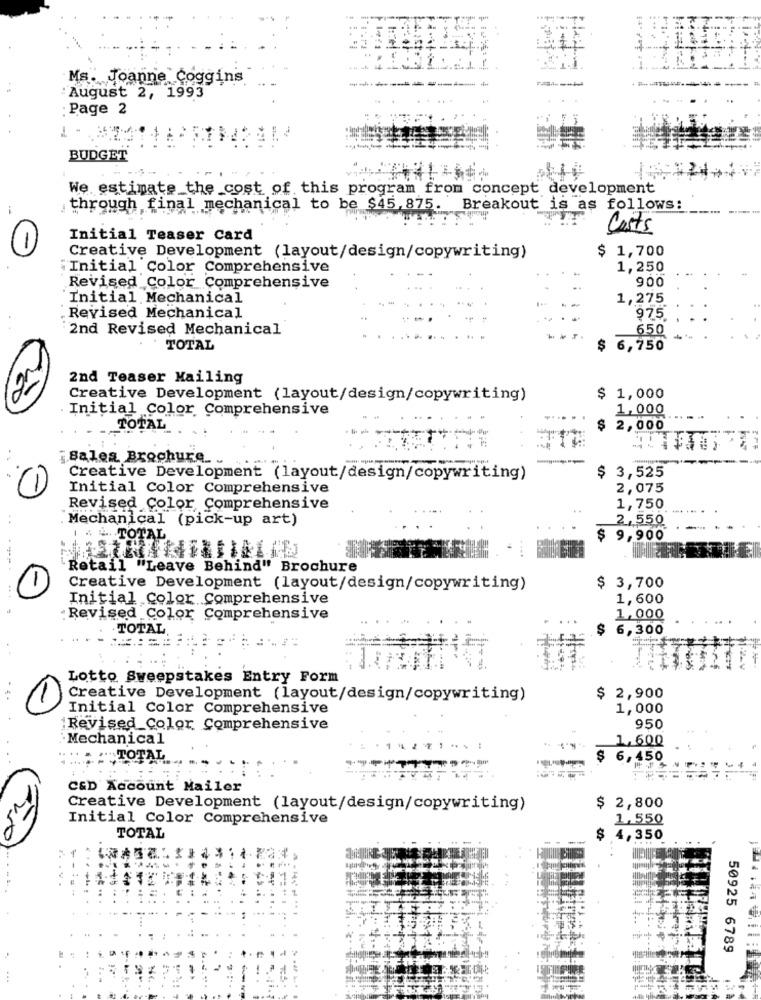
Ms. Joanne Coggins
August 2, 1993
....
Page 2
BUDGET
We estimate the cost of this program from concept development
through final
inal mechanical to be $45,875. Breakout is as follows:
Costs
Initial Teaser Card
$ 1,700
Creative Development (layout/design/copywriting)
"Initial Color Comprehensive
1,250
900
Revised Color Comprehensive
Initial Mechanical
1,275
Revised Mechanical
975
2nd Revised Mechanical
650
TOTAL
$ 6,750
2nd Teaser Mailing
Creative Development (layout/design/copywriting)
$ 1,000
Initial Color Comprehensive
1,000
TOTAL
$ 2,000
Salea Brochure. .
Creative Development (layout/design/copywriting)
$ 3,525
Initial Color Comprehensive
2,075
1
Revised Color Comprehensive
1,750
. Mechanical (pick-up art)
2,550
1 . & TOTAL
$ 9,900
Retail "Leave Behind" Brochure
.. .
Creative Development (layout/design/copywriting)
$ 3,700
Initial Color Comprehensive
1,600
. Revised Color Comprehensive
1,000
TOTAL
6,300
Lotto Sweepstakes Entry Form
Creative Development (layout/design/copywriting)
$ 2,900
1
Initial Color Comprehensive
1,000
Revised_Color Comprehensive
950
Mechanical
1,600
. 1
"TOTAL
$ 6,450
------
C&D Account Mailer
Creative Development (layout/design/copywriting)
$ 2,800
Initial Color Comprehensive
1,550
TOTAL
4,350
50925 6789